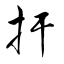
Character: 扞